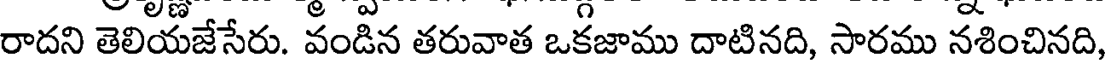
రాదని తెలియజేసేరు. వండిన తరువాత ఒకజాము దాటినది, సారము నశించినది,